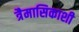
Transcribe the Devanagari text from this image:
त्रैमासिकाशी